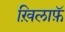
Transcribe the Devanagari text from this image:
ख़िलाफ़ॅ